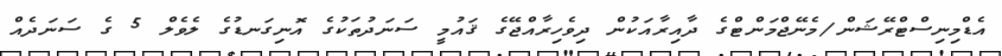
އެޑްމިނިސްޓްރޭޝަން/މެނޭޖްމަންޓްގެ ދާއިރާއަކުން ދިވެހިރާއްޖޭގެ ޤައުމީ ސަނަދުތަކުގެ އޮނިގަނޑުގެ ލެވެލް 5 ގެ ސަނަދެއް